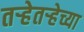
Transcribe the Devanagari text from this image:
तऱ्हेतऱ्हेच्या